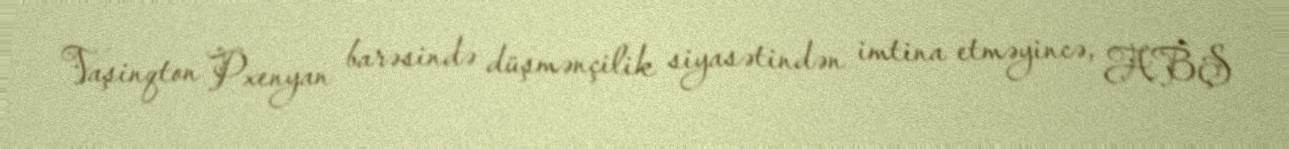
Vaşinqton Pxenyan barəsində düşmənçilik siyasətindən imtina etməyincə, ABŞ